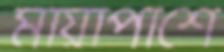
মায়াপাশে